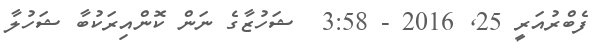
ފެބްރުއަރީ 25